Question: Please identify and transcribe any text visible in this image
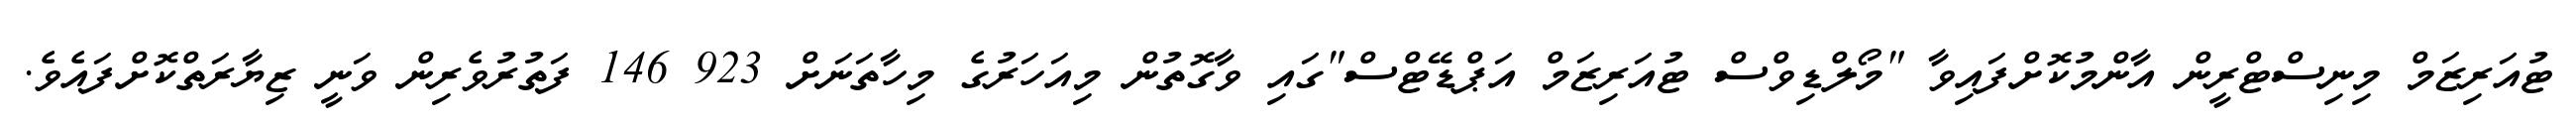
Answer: ޓުއަރިޒަމް މިނިސްޓްރީން އާންމުކޮށްފައިވާ "މޯލްޑިވްސް ޓުއަރިޒަމް އަޕްޑޭޓްސް"ގައި ވާގޮތުން މިއަހަރުގެ މިހާތަނަށް 923 146 ފަތުރުވެރިން ވަނީ ޒިޔާރަތްކޮށްފައެވެ.